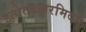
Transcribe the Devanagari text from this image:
इत्येतदक्षरमिदम्